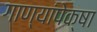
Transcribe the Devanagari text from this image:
गाण्यांपेक्षा